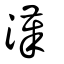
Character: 漢